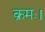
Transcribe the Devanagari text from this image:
क्रमः।